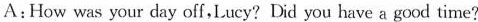
A:How was your day off,Lucy? Did you have a good time?